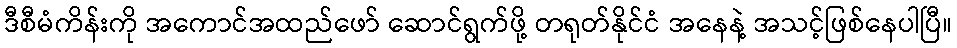
ဒီစီမံကိန်းကို အကောင်အထည်ဖော် ဆောင်ရွက်ဖို့ တရုတ်နိုင်ငံ အနေနဲ့ အသင့်ဖြစ်နေပါပြီ။